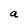
Character: a